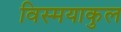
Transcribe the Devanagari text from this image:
विस्मयाकुल